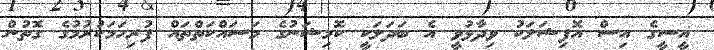
އީސީގެ އިސް އޮފިޝަލަކު ވިދާޅުވީ އެ ބަދަލަކީ ކޮމިޝަނުގެ މަސައްކަތްތައް ފުރިހަމަކުރުމުގެ ގޮތުން